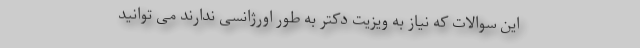
این سوالات که نیاز به ویزیت دکتر به طور اورژانسی ندارند می توانید